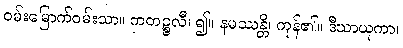
ဝမ်းမြောက်ဝမ်းသာ။ ကတဉ္စလီ၊ ၍။ နမဿန္တိ၊ ကုန်၏။ ဒီဃာယုကာ၊